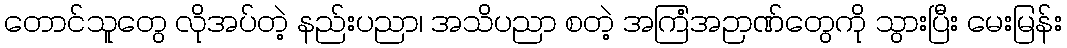
တောင်သူတွေ လိုအပ်တဲ့ နည်းပညာ၊ အသိပညာ စတဲ့ အကြံအဉာဏ်တွေကို သွားပြီး မေးမြန်း